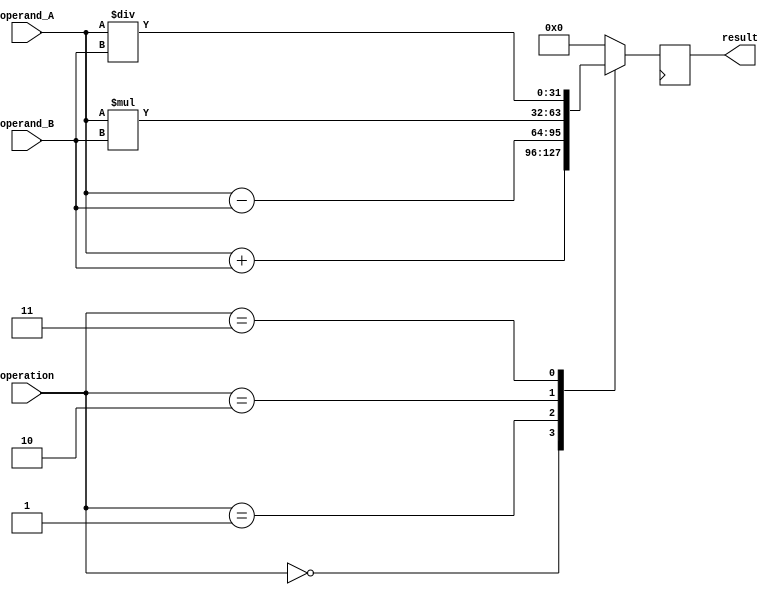
module ALU (
    input [31:0] operand_A,
    input [31:0] operand_B,
    input [2:0] operation,
    output reg [31:0] result
);

reg [31:0] temp_result;

always @(*) begin
    case(operation)
        3'b000: temp_result = operand_A + operand_B; // Addition
        3'b001: temp_result = operand_A - operand_B; // Subtraction
        3'b010: temp_result = operand_A * operand_B; // Multiplication
        3'b011: temp_result = operand_A / operand_B; // Division
        default: temp_result = 32'b0;
    endcase
end

always @(posedge clk) begin
    result <= temp_result;
end

endmodule